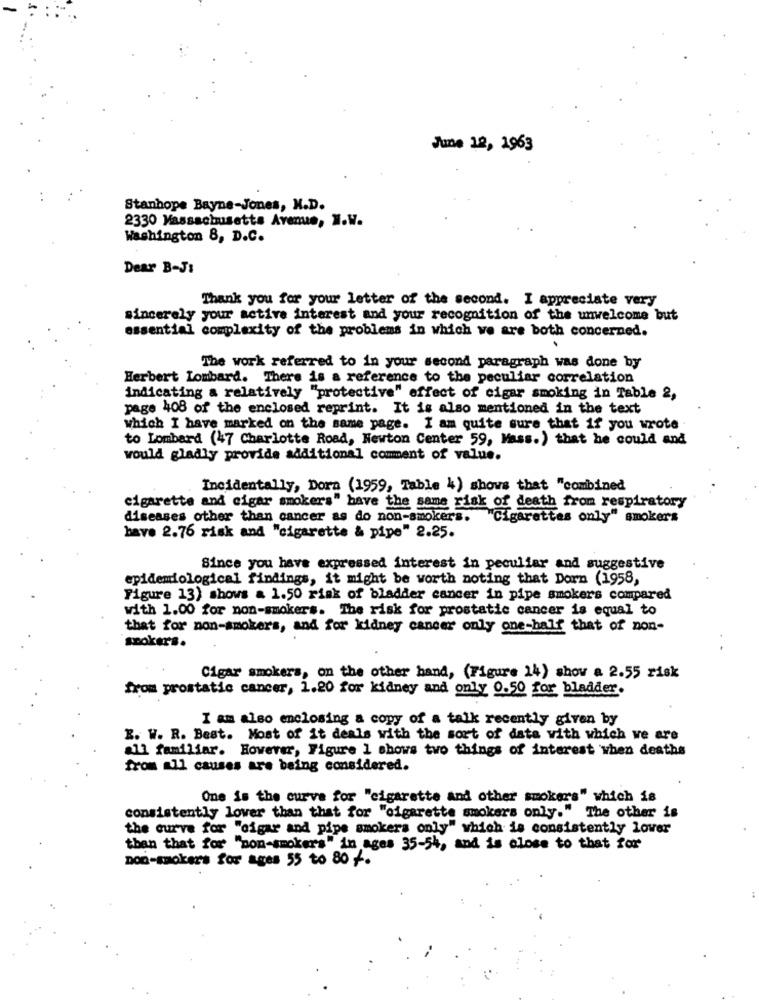
June 12, 1963
Stanhope Bayne-Jones, N.D.
2330 Massachusetts Avenue, W.W.
Washington 8, D.C.
Dear B-JI
Thank you for your letter of the second. I appreciate very
sincerely your active interest and your recognition of the unwelcome but
essential complexity of the problems in which ve are both concerned.
The work referred to in your second paragraph was done by
Herbert Lombard. There is a reference to the peculiar correlation
indicating a relatively "protective" effect of cigar smoking in Table 2,
page 408 of the enclosed reprint. It is also mentioned in the text
which I have marked on the same page. I am quite sure that if you wrote
to Lombard (47 Charlotte Road, Newton Center 59, Mass.) that he could and
would gladly provide additional comment of value.
Incidentally, Dora (1959, Table 4) shows that "combined
cigarette and cigar smokers" have the same risk of death from respiratory
diseases other than cancer as do non-smokers. "Cigarettes only" smokers
have 2.76 risk and "cigarette & pipe" 2.25.
Since you have expressed interest in peculiar and suggestive
epidemiological findings, it might be worth noting that Dorn (1958,
Figure 13) shows a 1.50 risk of bladder cancer in pipe smokers compared
with 1.00 for non-smokers. The risk for prostatic cancer is equal to
that for non-smokers, and for kidney cancer only one-half that of non-
spoker's.
Cigar smokers, on the other hand, (Figure 14) show a 2.55 risk
from prostatic cancer, 1.20 for kidney and only 0.50 for bladder.
I am also enclosing a copy of a talk recently given by
E. W. R. Best. Most of it deals with the sort of data with which we are
all familiar. However, Figure 1 shows two things of interest when deaths
from all causes are being considered.
One is the curve for "cigarette and other smokers" which is
consistently lower than that for "cigarette smokers only." The other is
the curve for "cigar and pipe smokers only" which is consistently lover
than that for "non-smokers" in ages 35-54, and is close to that for
non-smokers for ages 55 to 80 /.